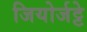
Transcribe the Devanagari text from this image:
जियोर्जट्टे